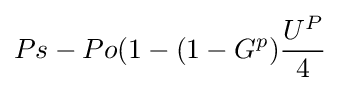
Ps-Po(1-(1-G^{p}){\frac {U^{P}}{4}}